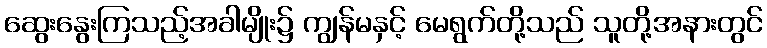
ဆွေးနွေးကြသည့်အခါမျိုး၌ ကျွန်မနှင့် မေရွက်တို့သည် သူတို့အနားတွင်